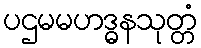
ပဌမမဟဒ္ဓနသုတ္တံ